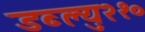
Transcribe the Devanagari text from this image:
डब्ल्यु२१०